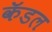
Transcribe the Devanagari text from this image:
कॅडल